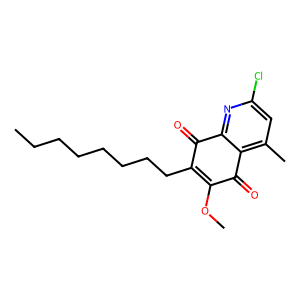
SMILES: CCCCCCCCC1=C(OC)C(=O)c2c(C)cc(Cl)nc2C1=O
Inhibits HIV replication: No